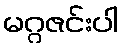
မဂ္ဂဇင်းပါ